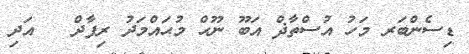
ޑިސެންބަރ މަހު އުސްތާޛް އަބޫ ނޫޙް މުޙައްމަދު ރިފާދް   އަދި